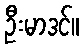
ဦးမာဒင်။